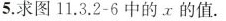
5.求图11.3.2-6中的的值。